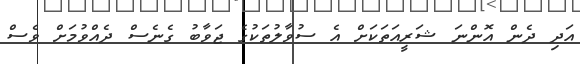
އަދި ދެން އޮންނަ ޝަރީއަތަކަށް އެ ސުވާލުތަކުގެ ޖަވާބު ގެނެސް ދެއްވުމަށް ވެސް